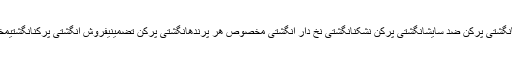
لاستیک انگشتی با کیفیتانگشتی پرکن ضد سایشانگشتی پرکن نشکنانگشتی نخ دار انگشتی مخصوص هر پرندهانگشتی پرکن تضمینیفروش انگشتی پرکنانگشتیمخصوصپرکنیپرندهاردک